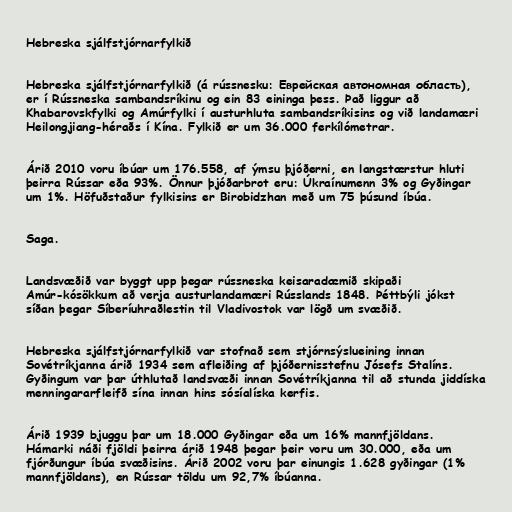
Hebreska sjálfstjórnarfylkið

Hebreska sjálfstjórnarfylkið (á rússnesku: Еврейская автономная область),
er í Rússneska sambandsríkinu og ein 83 eininga þess. Það liggur að
Khabarovskfylki og Amúrfylki í austurhluta sambandsríkisins og við landamæri
Heilongjiang-héraðs í Kína. Fylkið er um 36.000 ferkílómetrar.

Árið 2010 voru íbúar um 176.558, af ýmsu þjóðerni, en langstærstur hluti
þeirra Rússar eða 93%. Önnur þjóðarbrot eru: Úkraínumenn 3% og Gyðingar
um 1%. Höfuðstaður fylkisins er Birobidzhan með um 75 þúsund íbúa.

Saga.

Landsvæðið var byggt upp þegar rússneska keisaradæmið skipaði
Amúr-kósökkum að verja austurlandamæri Rússlands 1848. Þéttbýli jókst
síðan þegar Síberíuhraðlestin til Vladivostok var lögð um svæðið.

Hebreska sjálfstjórnarfylkið var stofnað sem stjórnsýslueining innan
Sovétríkjanna árið 1934 sem afleiðing af þjóðernisstefnu Jósefs Stalíns.
Gyðingum var þar úthlutað landsvæði innan Sovétríkjanna til að stunda jiddíska
menningararfleifð sína innan hins sósíalíska kerfis.

Árið 1939 bjuggu þar um 18.000 Gyðingar eða um 16% mannfjöldans.
Hámarki náði fjöldi þeirra árið 1948 þegar þeir voru um 30.000, eða um
fjórðungur íbúa svæðisins. Árið 2002 voru þar einungis 1.628 gyðingar (1%
mannfjöldans), en Rússar töldu um 92,7% íbúanna.